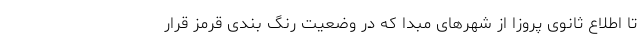
تا اطلاع ثانوی پروزا از شهرهای مبدا که در وضعیت رنگ بندی قرمز قرار